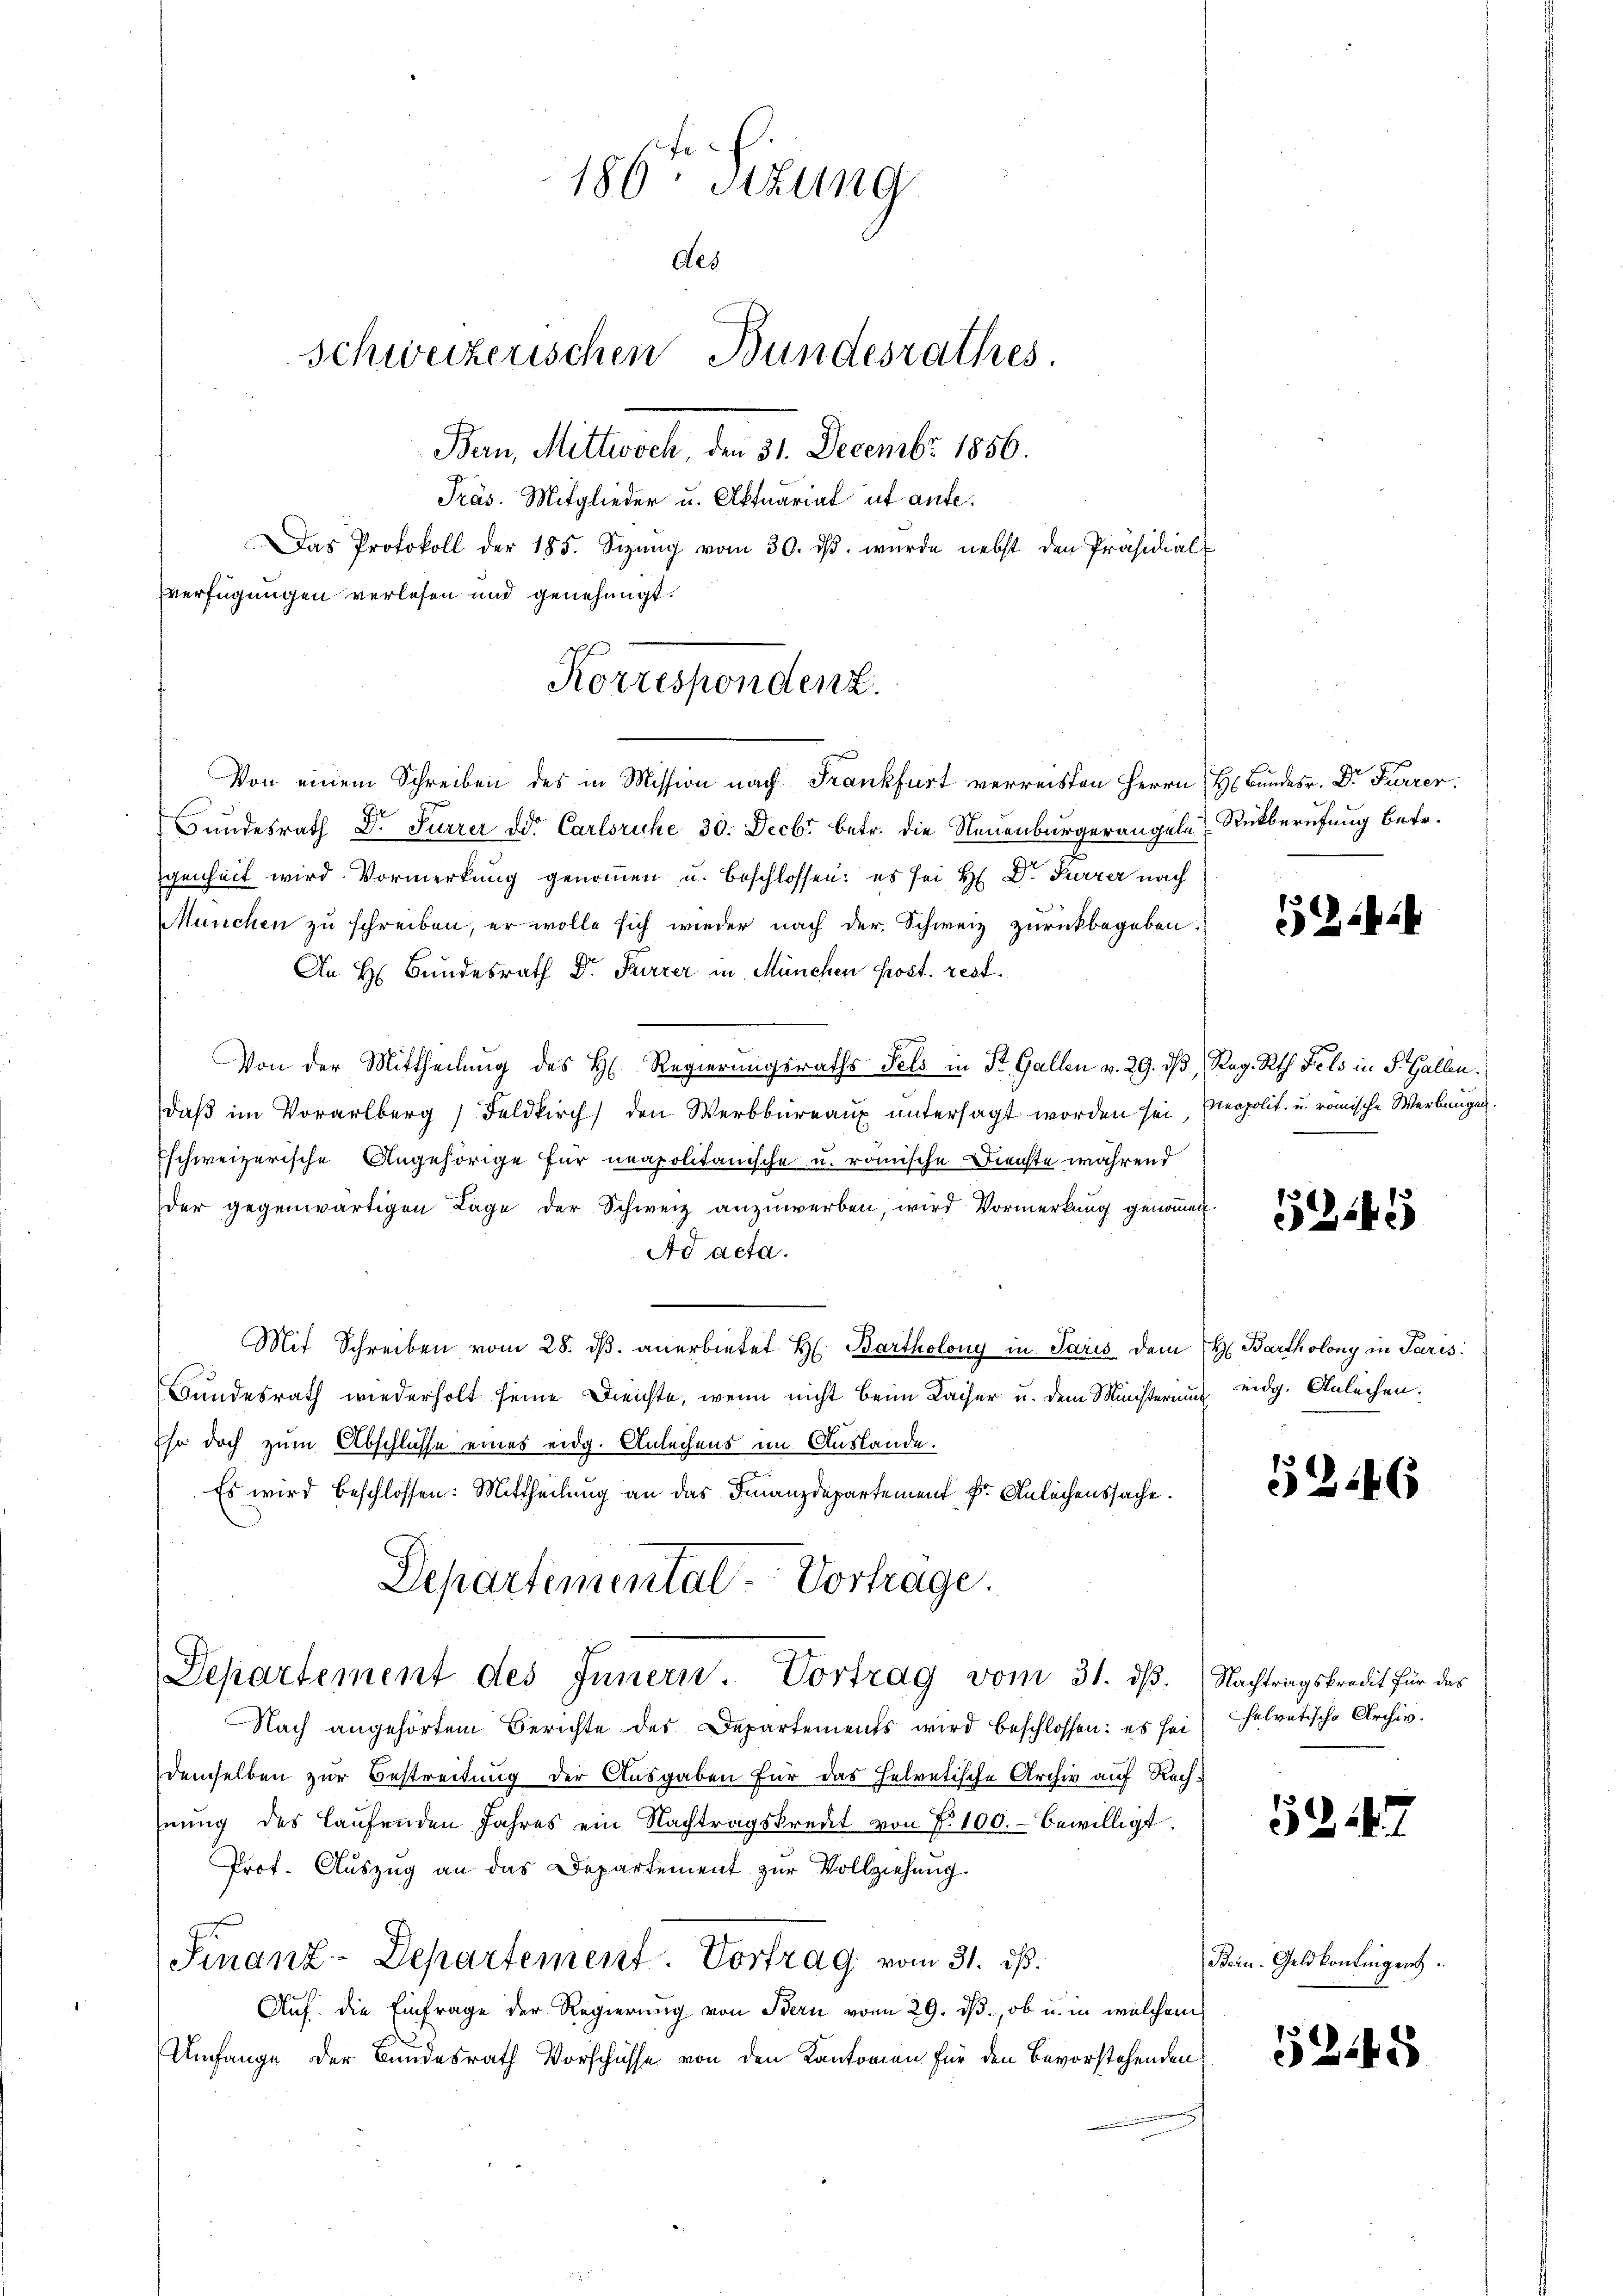
186 Sizung
des
Schweizerischen Bundesrathes.
Bern, Mittwoch, den 31. Decembr. 1856.
Präs. Mitglieder u. Aktuarial ut aufe¬
Das Protokoll der 185. Sizŭng vom 30. dβ. wurde nebst den Präsidial-

verfügungen verlesen und genehmigt.
Korrespondenz.
Von einem Schreiben des in Mission nach Frankfurt verreisten Herrn H. Bundesr. Dr. Furrer.

E
Bundesrath Dr. Furrer dd. Carlsruhe 30. Decbr betr. die Neuenburgerangeln Rückberufung betr.
genheit wird Vormerkung genommen u. beschlossen: es sei H. Dr. Furrer nach
München zu schreiben, er wolle sich wieder nach der Schweiz zurückbegeben.
An H. Bundesrath Dr. Furrer in München Post. rest.
Von der Mittheilung des H. Regierungsraths Fels in St. Gallen v. 29. dβ Reg. Rath Fels in S. Gallen.
daß im Vorarlberg, Feldkirch den Werbbüreaux untersagt worden sei, Meapolit. u. römische Werbungen
Eschweizerische Angehörige für neapolitanische u. römische Dienste während
der gegenwärtigen Lage der Schweiz anzuwerben, wird Vormerkung genommen.
Ad acta.
Mit Schreiben vom 28. ds. anerbietet H. Bartholony in Paris dem H. Bartholony in Paris
Bundesrath wiederholt seine Dienste, wenn nicht beim Kaiser u. dem Ministerium eidg. Anleihen.
Ehe doch zum Abschlüsse eines eidg. Anleihens im Auslande.
Es wird beschlossen: Mittheilung an das Finanzdepartement Dr. Anleihenssache.
Departemental-Vortrage.
Separtement des Innern. Vortrag vom 31. dβ. Nachtragskredit für das
Nach angehörtem Berichte des Departements wird beschlossen: es sei
demselben zur Bestreitung der Ausgaben für das helvetische Archiv auf Rechhnung des laufenden Jahres ein Nachtragskredit von P. 100.- bewilligt.
Prot. Auszug an das Departement zur Vollziehung.
Finanz-Departement. Vortrag vom 31. ds.
Auf die Einfrage der Regierung von Bern vom 29. ds., ob u. in welchem
Umfange der Bundesrath Vorschüsse von den Kantonien für den Bevorstehenden

545

5246

Chelvetische Archiv.

5347

Bern. Geldkontingen.

5345